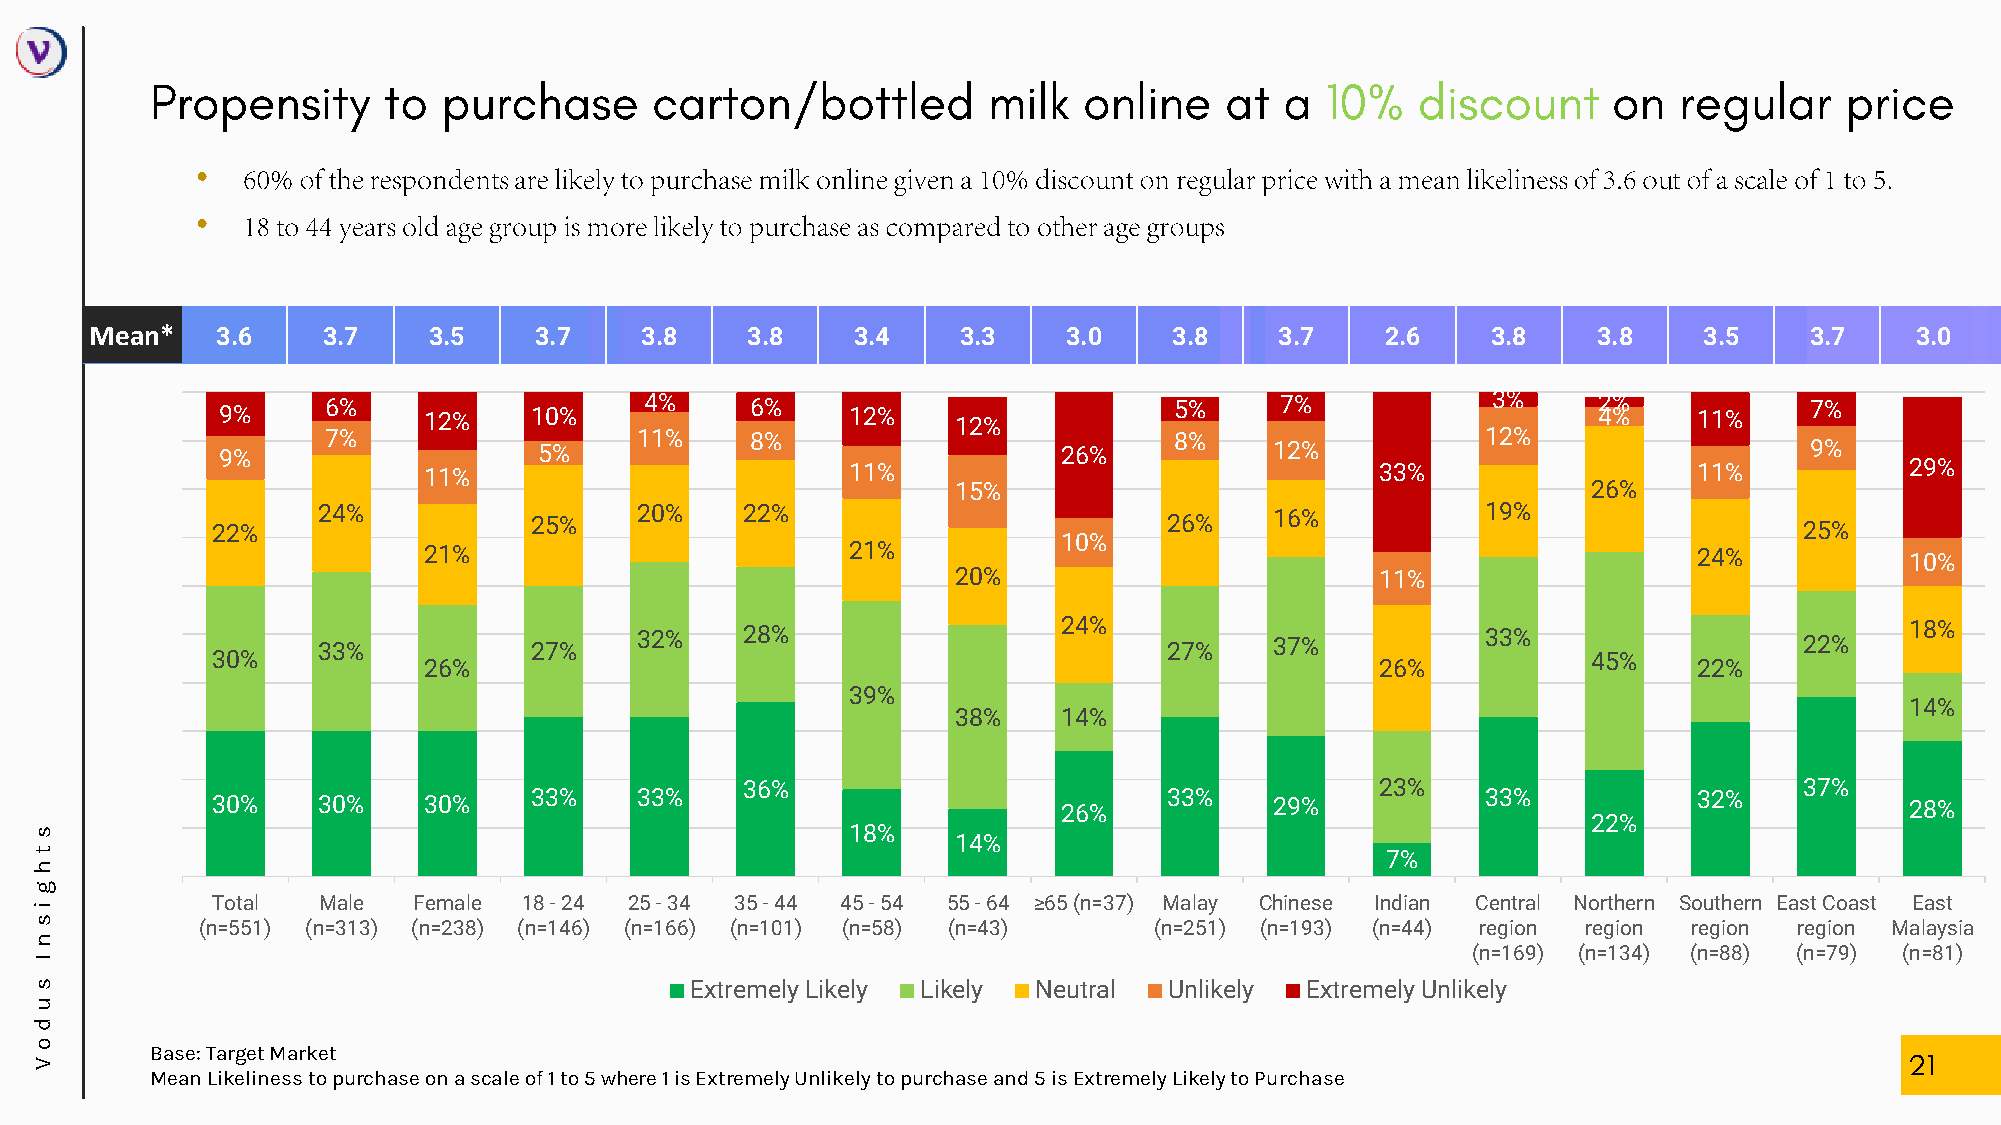
•
 •
 Mean*   3.6    3.7    3.5    3.7    3.8    3.8    3.4     3.3    3.0    3.8    3.7    2.6    3.8    3.8    3.5    3.7    3.0
 9%     6%    12%    10%     4%     6%    12%    12%            5%     7%            3%     42 %% 11%     7%
 7%                  11%     8%                          8%                  12%
 9%                   5%                                26%           12%                                 9%
 11%                         11%                                33%                  11%           29%
 15%                                       26%
 22%    24%           25%    20%    22%                         26%    16%           19%                  25%
 10%
 21%                         21%                                                     24%           10%
 20%                         11%
 33%           27%    32%    28%                  24%    27%    37%           33%                  22%    18%
 30%                                                                                        45%
 26%                                                            26%                  22%
 39%
 14%
 38%    14%
 36%                                       23%                         37%
 30%    30%    30%    33%    33%                         26%    33%    29%           33%           32%           28%
 22%
 s                                                     18%
 14%
 t                                                                                         7%
 h
 g
 i           Total  Male  Female  18 - 24 25 - 34 35 - 44 45 - 54 55 - 64 ≥65 (n=37) Malay Chinese Indian Central Northern Southern East Coast East
 s          (n=551) (n=313) (n=238) (n=146) (n=166) (n=101) (n=58) (n=43)  (n=251) (n=193) (n=44) region region region region Malaysia
 n
 (n=169) (n=134) (n=88) (n=79) (n=81)
 I
 s                                           Extremely Likely Likely Neutral Unlikely Extremely Unlikely
 u
 d
 o
 Base: Target Market
 V
 Mean Likeliness to purchase on a scale of 1 to 5 where 1 is Extremely Unlikely to purchase and 5 is Extremely Likely to Purchase